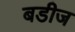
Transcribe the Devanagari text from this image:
बडीज